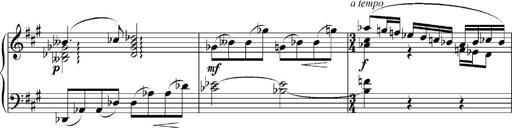
Title: Sonatina No.5
Composer: Otto Stoll
Key: F-sharp minor